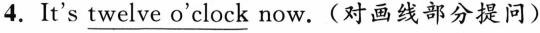
4.It's \underline{t}\underline{w}\underline{e}\underline{l}\underline{v}\underline{e} \underline{o}\underline{'}\underline{c}\underline{l}\underline{o}\underline{c}\underline{k} now.(对画线部分提问)